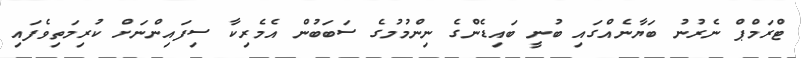
ޓްރަމްޕް ނެރުނު ބަޔާނެއްގައި ބުނީ ބައިޑެންގެ ނިންމުމުގެ ސަބަބުން އެމެރިކާ ސިފައިންނަށް ކުރިމަތިވެފައި